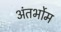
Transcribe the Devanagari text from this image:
अंतर्भोम